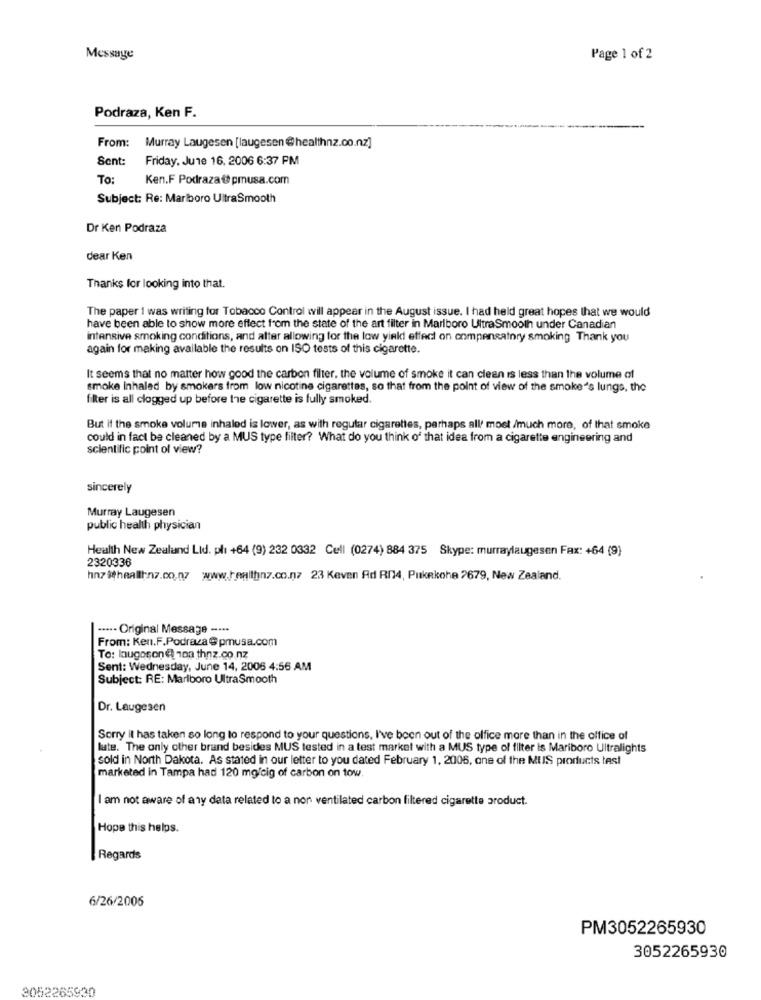
Message
Page 1 of 2
Podraza, Ken F.
From: Murray Laugesen [laugesen@healthnz.co.nz]
Sent:
Friday, June 16, 2006 6:37 PM
To:
Ken.F Podraza@pmusa.com
Subject: Re: Marlboro UltraSmooth
Dr Ken Podraza
dear Ken
Thanks for looking into that.
The paper 1 was writing for Tobacco Control will appear in the August issue. I had held great hopes that we would
have been able to show more effect from the state of the art filter in Marlboro UltraSmooth under Canadian
intensive smoking conditions, and alter allowing for the low yield effect on onmpensatory smoking Thank you
again for making available the results on ISO tests of this cigarette.
It seems that no matter how good the carbon filter, the volume of smoke it can clean is less than the volume of
smoke Inhaled by smokers from low nicotine cigarettes, so that from the point of view of the smoke's lungs, the
fler is all clogged up before the cigarette is fully smoked.
But if the smoke volume inhaled is lower, as with regular cigarettes, perhaps all' most /much more, of that smoke
could in fact be cleaned by a MUS type filter? What do you think of that idea from a cigarette engineering and
scientific point of view?
sincerely
Murray Laugesen
public health physician
Health New Zealand Lid. plı +64 (9) 232 0332 Cell (0274) 884 375 Skype: murraylaugesen Fax: +64 (9)
2320336
hn7 itheallt-nz.co.nz www.healthnz.co.nz 23 Keven Ad RI4, Pukekohe 2679, New Zealand.
····- Original Message -···
From: Ken.F.Podraza @ pmusa.com
To: laugoson @ 103 thnz.co.nz
Sent: Wednesday, June 14, 2006 4:56 AM
Subject: RE: Marlboro UltraSmooth
Dr. Laugesen
Sorry it has taken so long to respond to your questions, I've been out of the office more than in the office of
late. The only other brand besides MUS tested in a test market with a MUS type of filter is Mariboro Ultralights
sold in North Dakota. As stated in our letter to you dated February 1, 2006, one of the MUIS products test
marketed in Tampa had 120 mg/cig of carbon on tow
I am not aware of any data related to a nor ventilated carbon filtered cigarette product.
Hope this helps.
Regards
6/26/2006
PM3052265930
3052265930
3052265930